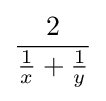
{\frac {2}{{\frac {1}{x}}+{\frac {1}{y}}}}